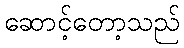
ဆောင့်တော့သည်